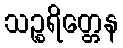
သဉ္စရိတ္တေန